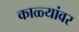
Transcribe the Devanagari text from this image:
काळ्यांवर